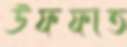
উফফাত